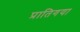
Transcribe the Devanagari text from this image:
प्रातिगया